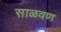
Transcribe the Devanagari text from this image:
साळवण